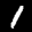
Label: 1